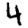
Digit: 4